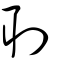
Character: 刵